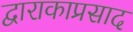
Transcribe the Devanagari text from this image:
द्वाराकाप्रसाद